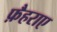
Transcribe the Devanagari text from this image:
फ़ैहराए